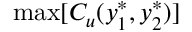
\operatorname* { m a x } [ C _ { u } ( y _ { 1 } ^ { * } , y _ { 2 } ^ { * } ) ]